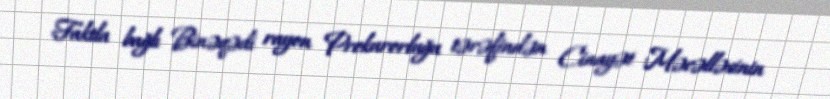
Faktla bağlı Binəqədi rayon Prokurorluğu tərəfindən Cinayət Məcəlləsinin